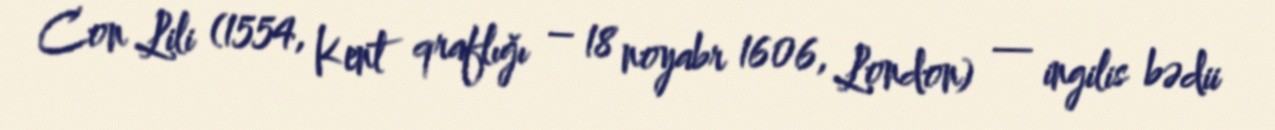
Con Lili (1554, Kent qraflığı – 18 noyabr 1606, London) — ingilis bədii